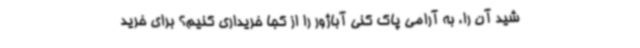
شید آن را، به آرامی پاک کنی آباژور را از کجا خریداری کنیم؟ برای خرید